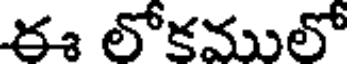
ఈ లోకములో